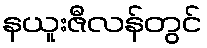
နယူးဇီလန်တွင်